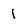
Character: 1